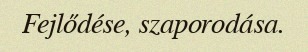
Fejlődése, szaporodása.